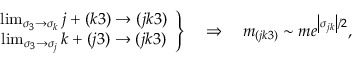
\left. \begin{array} { c } { { \operatorname * { l i m } _ { \sigma _ { 3 } \rightarrow \sigma _ { k } } j + ( k 3 ) \rightarrow ( j k 3 ) } } \\ { { \operatorname * { l i m } _ { \sigma _ { 3 } \rightarrow \sigma _ { j } } k + ( j 3 ) \rightarrow ( j k 3 ) } } \end{array} \right\} \quad \Rightarrow \quad m _ { ( j k 3 ) } \sim m e ^ { \left| \sigma _ { j k } \right| / 2 } ,